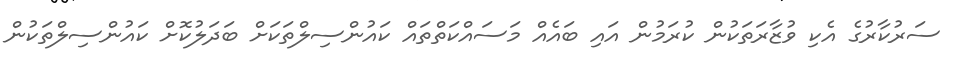
ސަރުކާރުގެ އެކި ވުޒާރަތަކުން ކުރަމުން އައި ބައެއް މަސައްކަތްތައް ކައުންސިލްތަކަށް ބަދަލުކޮށް ކައުންސިލްތަކުން